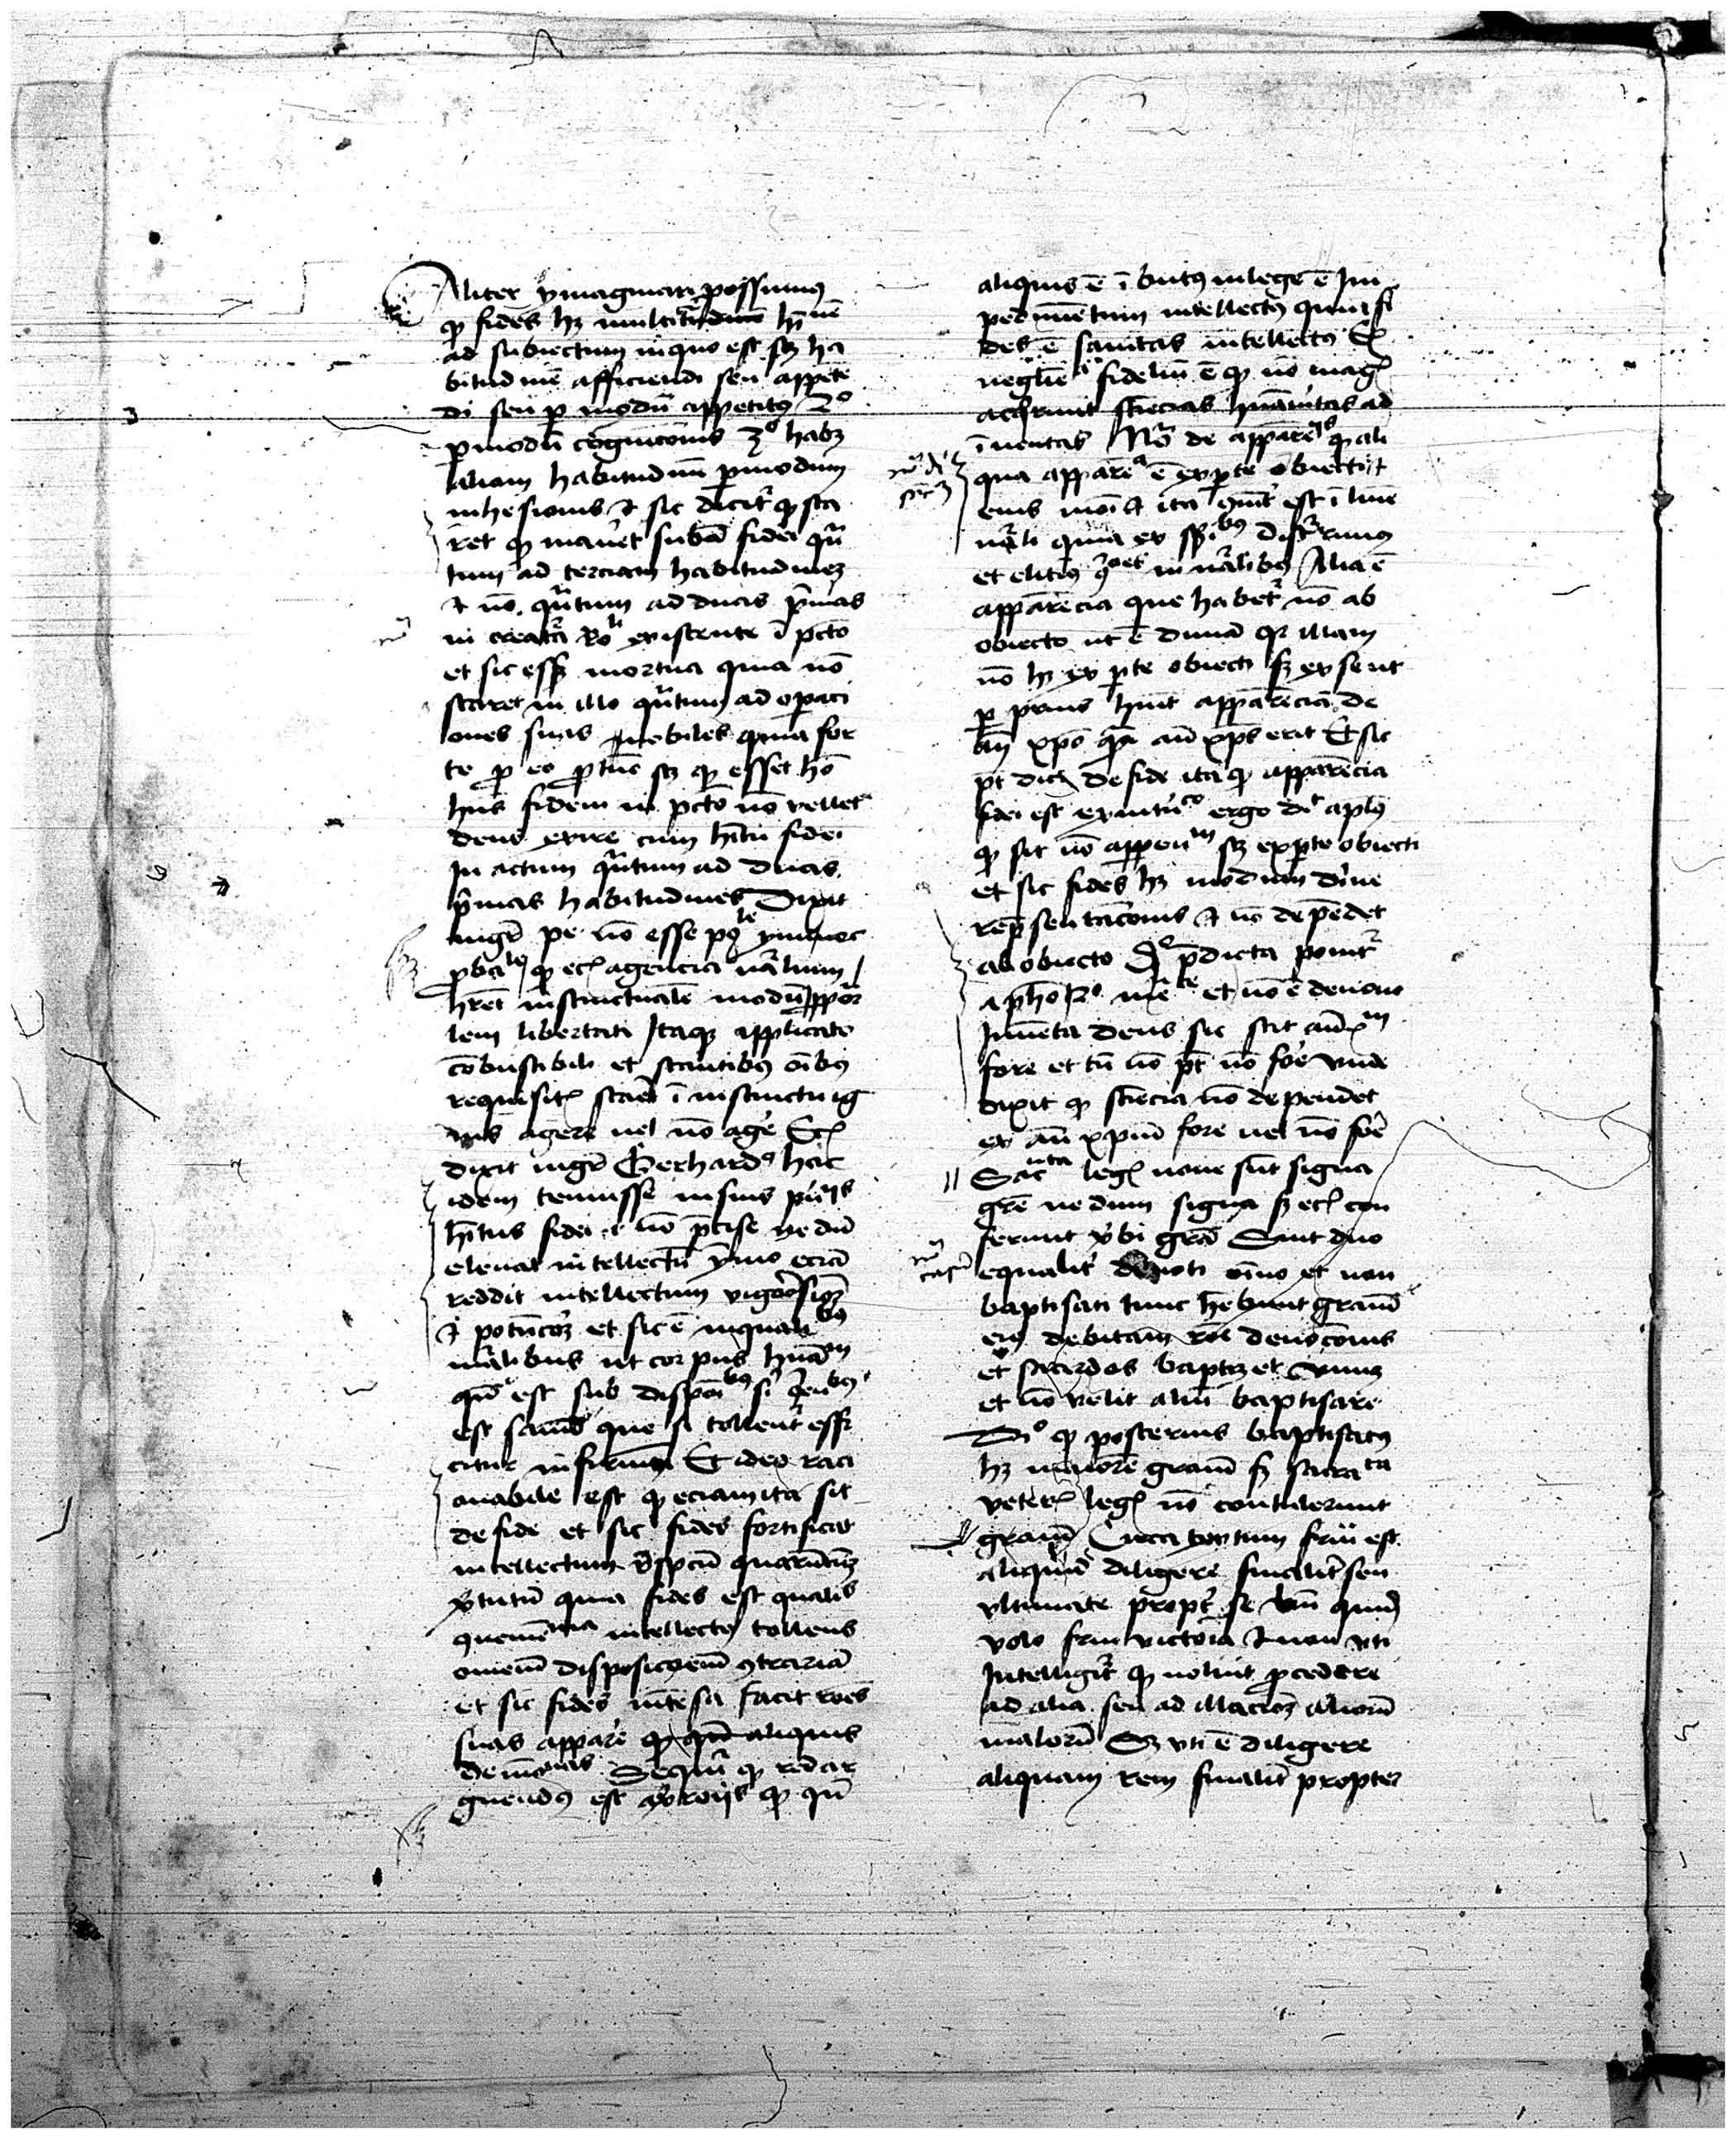
Shelfmark: Vatican, Biblioteca Apostolica Vaticana, Pal. Lat. 373
Century: 15